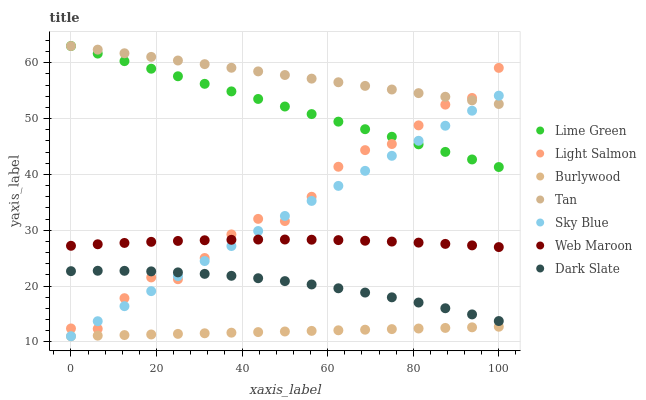
| xaxis_label | Lime Green | Light Salmon | Burlywood | Tan | Sky Blue | Web Maroon | Dark Slate |
 | --- | --- | --- | --- | --- | --- | --- | --- |
 | 0 | 63 | 12.4 | 11 | 63 | 11 | 27.2 | 22.7 |
 | 6.25 | 61.6 | 12.3 | 11.1 | 62.4 | 13.7 | 27.5 | 22.7 |
 | 12.5 | 60.3 | 17.8 | 11.2 | 61.7 | 16.4 | 27.7 | 22.7 |
 | 18.8 | 58.9 | 21.5 | 11.3 | 61.1 | 19.1 | 27.9 | 22.6 |
 | 25 | 57.6 | 21.2 | 11.4 | 60.4 | 21.8 | 28.1 | 22.4 |
 | 31.2 | 56.2 | 25 | 11.5 | 59.8 | 24.5 | 28.2 | 22.2 |
 | 37.5 | 54.9 | 29.2 | 11.6 | 59.1 | 27.2 | 28.3 | 21.8 |
 | 43.8 | 53.5 | 32 | 11.7 | 58.5 | 29.9 | 28.3 | 21.4 |
 | 50 | 52.2 | 31.6 | 11.9 | 57.8 | 32.6 | 28.3 | 20.9 |
 | 56.2 | 50.8 | 36 | 12 | 57.2 | 35.2 | 28.3 | 20.3 |
 | 62.5 | 49.4 | 41.4 | 12.1 | 56.5 | 37.9 | 28.2 | 19.6 |
 | 68.8 | 48.1 | 44.3 | 12.2 | 55.9 | 40.6 | 28.1 | 18.8 |
 | 75 | 46.7 | 45.4 | 12.3 | 55.2 | 43.3 | 28 | 18 |
 | 81.2 | 45.4 | 48.8 | 12.4 | 54.6 | 46 | 27.8 | 17 |
 | 87.5 | 44 | 52.5 | 12.5 | 53.9 | 48.7 | 27.5 | 16 |
 | 93.8 | 42.7 | 53.7 | 12.6 | 53.3 | 51.4 | 27.3 | 14.9 |
 | 100 | 41.3 | 59.1 | 12.7 | 52.6 | 54.1 | 27 | 13.7 |